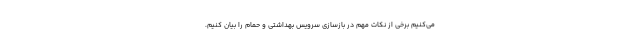
می‌کنیم برخی از نکات مهم در بازسازی سرویس بهداشتی و حمام را بیان کنیم.